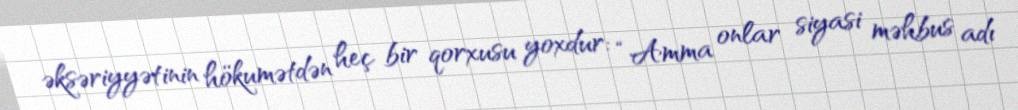
əksəriyyətinin hökumətdən heç bir qorxusu yoxdur: “Amma onlar siyasi məhbus adı